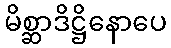
မိစ္ဆာဒိဋ္ဌိနောပေ